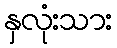
နှလုံးသား